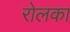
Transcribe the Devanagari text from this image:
रोलका